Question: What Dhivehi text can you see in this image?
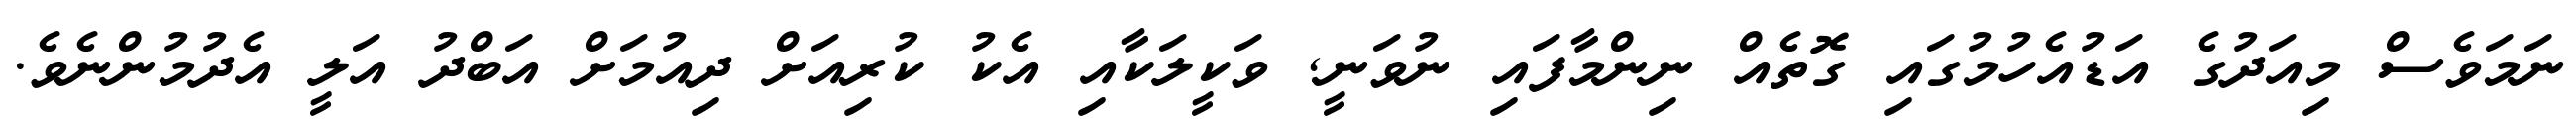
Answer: ނަމަވެސް މިއަދުގެ އަޑުއެހުމުގައި ގޮތެއް ނިންމާފައި ނުވަނީ, ވަކީލަކާއި އެކު ކުރިއަށް ދިއުމަށް އަބްދު އަލީ އެދުމުންނެވެ.